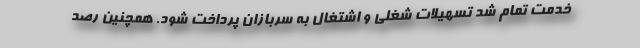
خدمت تمام شد تسهیلات شغلی و اشتغال به سربازان پرداخت شود. همچنین رصد